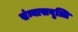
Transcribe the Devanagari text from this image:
संन्यासवृत्ति